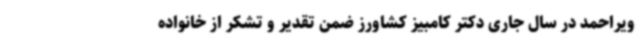
ویراحمد در سال جاری دکتر کامبیز کشاورز ضمن تقدیر و تشکر از خانواده